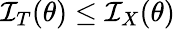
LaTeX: {\mathcal{I}}_{T}(\theta)\leq{\mathcal{I}}_{X}(\theta)